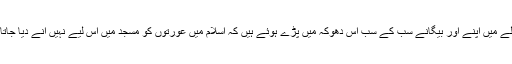
اس سے بھی زیادہ تعجب خیز بات یہ ہے کہ اس معاملے میں اپنے اور بیگانے سب کے سب اس دھوکہ میں پڑے ہوئے ہیں کہ اسلام میں عورتوں کو مسجد میں اس لیے نہیں آنے دیا جاتا کہ اسلام اسے مرد کے مقابلے میں کمتر سمجھتا ہے۔